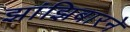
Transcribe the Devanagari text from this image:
झांझिबारने